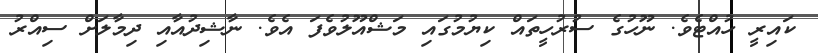
ކައިރީ ހުއްޓެވެ. ނޫހުގެ ސުރުހީތައް ކިޔުމުގައި މަޝްއޫލުވެފަ އެވެ. ނާޝިދުއާއި ދިމާލަށް ސިއްރު